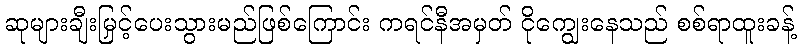
ဆုများချီးမြှင့်ပေးသွားမည်ဖြစ်ကြောင်း ကရင်နီအမှတ် ငိုကျွေးနေသည် စစ်ရာထူးခန့်